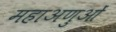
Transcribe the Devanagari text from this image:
महाअणुओं